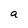
Character: a